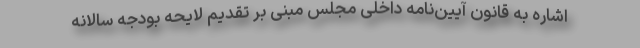
اشاره به قانون آیین‌نامه داخلی مجلس مبنی بر تقدیم لایحه بودجه سالانه